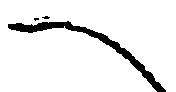
へ